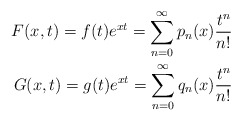
\begin{align*}F(x,t)= f(t)e^{xt}=\sum_{n=0}^{\infty}p_n(x)\frac{t^n}{n!} \\G(x,t)=g(t)e^{xt}=\sum_{n=0}^{\infty}q_n(x)\frac{t^n}{n!} \end{align*}